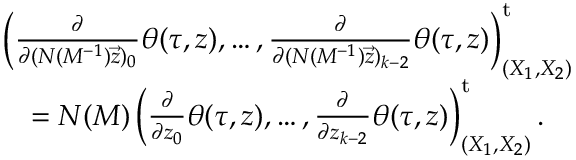
\begin{array} { r l } & { \left( \frac { \partial } { \partial ( N ( M ^ { - 1 } ) \vec { z } ) _ { 0 } } \theta ( \tau , \boldsymbol { z } ) , \dots , \frac { \partial } { \partial ( N ( M ^ { - 1 } ) \vec { z } ) _ { k - 2 } } \theta ( \tau , \boldsymbol { z } ) \right) _ { ( X _ { 1 } , X _ { 2 } ) } ^ { \mathrm { t } } } \\ & { \quad = N ( M ) \left( \frac { \partial } { \partial z _ { 0 } } \theta ( \tau , \boldsymbol { z } ) , \dots , \frac { \partial } { \partial z _ { k - 2 } } \theta ( \tau , \boldsymbol { z } ) \right) _ { ( X _ { 1 } , X _ { 2 } ) } ^ { \mathrm { t } } . } \end{array}